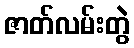
ဇာတ်လမ်းတွဲ